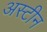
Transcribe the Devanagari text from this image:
अस्टीन